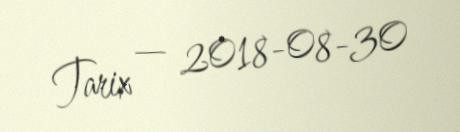
Tarix — 2018-08-30